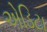
એડિટા